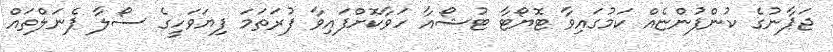
ޖަޕާނުގެ ކުންފުންޏެއް ކަމުގައިވާ ޓޮޔޯޓާ ޓުޝޯއާ ހަވާކޮށްފައިވާ ފުރަތަމަ ފިޔަވަހީގެ ސޯލާ ޕެނަލްތައް